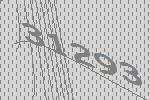
31293